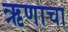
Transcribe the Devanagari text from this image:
ऋणाचा